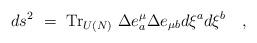
LaTeX: \begin{align*}ds^2 ~=~ {\rm Tr}_{U(N)} ~ \Delta e^{\mu}_{ a} \Delta e_{\mu b} d\xi^{a} d \xi^{b} \quad ,\end{align*}